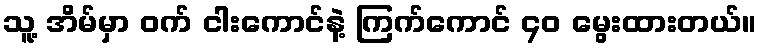
သူ့ အိမ်မှာ ဝက် ငါးကောင်နဲ့ ကြက်ကောင် ၄၀ မွေးထားတယ်။